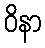
ဝိနာ